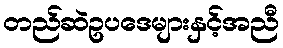
တည်ဆဲဥပဒေများနှင့်အညီ